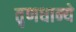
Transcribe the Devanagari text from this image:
तृणधान्ये